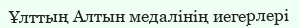
Ұлттың Алтын медалінің иегерлері